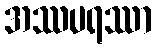
အဿပရဿာ